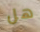
هل